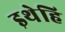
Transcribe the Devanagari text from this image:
इथेहि